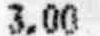
3.00